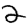
Digit: 2